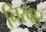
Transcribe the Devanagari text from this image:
निरवार